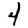
Digit: 4